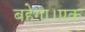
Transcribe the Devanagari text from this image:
बहेगा।एक